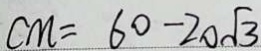
C M = 6 0 - 2 0 \sqrt { 3 }